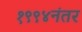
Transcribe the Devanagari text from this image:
१९९४नंतर